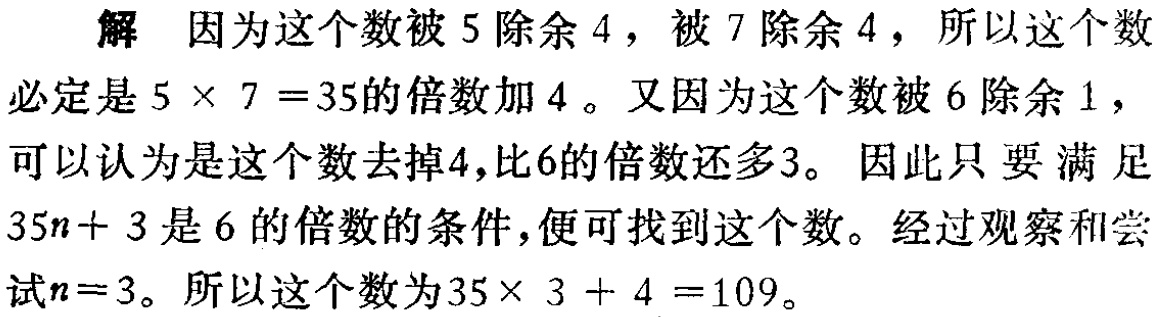
解 因为这个数被\(5\)除余\(4\)，被\(7\)除余\(4\)，所以这个数必定是\(5\times 7 = 35\)的倍数加\(4\)。又因为这个数被\(6\)除余\(1\)，可以认为是这个数去掉\(4\)，比\(6\)的倍数还多\(3\)。 因此只要满足\(35n + 3\)是\(6\)的倍数的条件，便可找到这个数。经过观察和尝试\(n = 3\)。所以这个数为\(35\times 3 + 4 = 109\)。